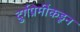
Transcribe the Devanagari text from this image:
दुर्गप्रेमींकडून